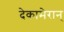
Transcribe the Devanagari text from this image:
देकामेरान्